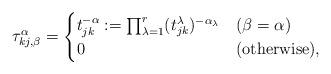
LaTeX: \begin{align*} \tau^\alpha_{kj, \beta} = \begin{cases} t_{jk}^{-\alpha}:=\prod_{\lambda=1}^r(t_{jk}^\lambda)^{-\alpha_\lambda} & (\beta=\alpha) \\ 0 & ({\rm otherwise}), \end{cases}\end{align*}